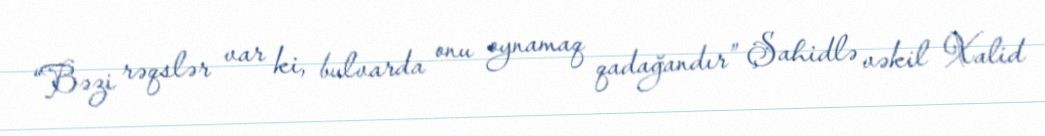
“Bəzi rəqslər var ki, bulvarda onu oynamaq qadağandır” Şahidlə vəkil Xalid